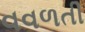
વવળતી